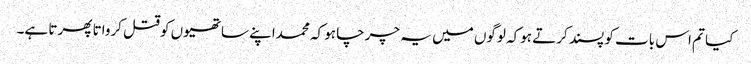
کیا تم اس بات کو پسند کرتے ہوکہ لوگوں میں یہ چرچا ہو کہ محمداپنے ساتھیوں کوقتل کرواتا پھرتا ہے۔